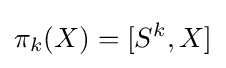
\pi _{k}(X)=[S^{k},X]